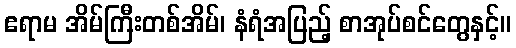
ဧရာမ အိမ်ကြီးတစ်အိမ်၊ နံရံအပြည့် စာအုပ်စင်တွေနှင့်။